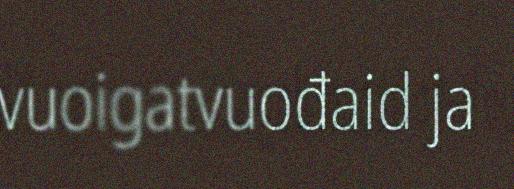
vuoigatvuođaid ja